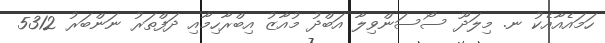
ހަމައެއާއެކު ނ. މިލަދޫ ސޯސަންވިލާ އަބްދު މުއާޒު އިބްރާހިމާއި ދަފްތަރު ނަންބަރު 5312